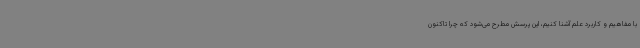
با مفاهیم و کاربرد علم آشنا کنیم، این پرسش مطرح می‌شود که چرا تاکنون